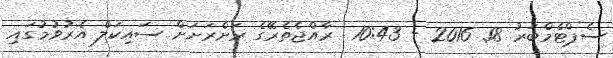
ސެޕްޓެމްބަރު 18